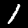
Digit: 1